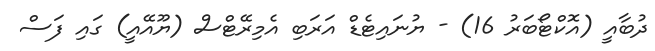
ދުބާއީ (އޮކްޓޯބަރު 16) - ޔުނައިޓެޑް އަރަބި އެމިރޭޓްސް (ޔޫއޭއީ) ގައި ފަސް